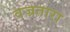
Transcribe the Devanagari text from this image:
वज्रतारा